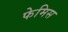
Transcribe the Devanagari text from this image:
फेमिस